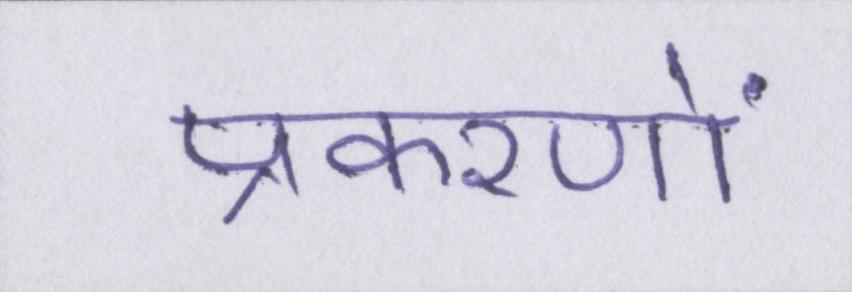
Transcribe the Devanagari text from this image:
प्रकरणों